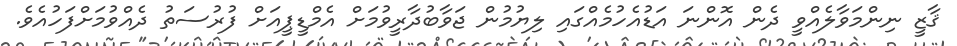
ޤާޒީ ނިންމަވާލެއްވީ ދެން އޮންނަ އަޑުއެހުމެއްގައި ލިޔުމުން ޖަވާބުދާރީވުމަށް އެމްޑީޕީއަށް ފުރުސަތު ދެއްވުމަށްފަހުއެވެ.